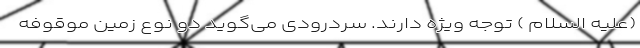
(علیه السلام ) توجه ویژه دارند. سردرودی می‌گوید دو نوع زمین موقوفه